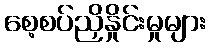
စေ့စပ်ညှိနှိုင်းမှုများ